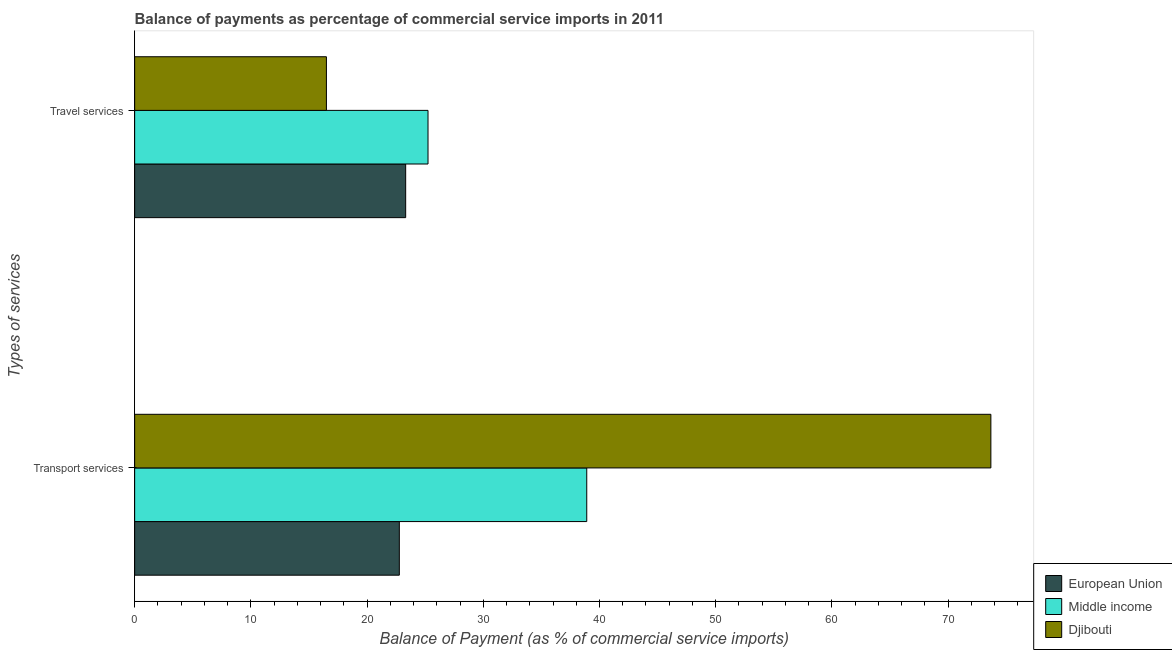
| Types of services | European Union | Middle income | Djibouti |
 | --- | --- | --- | --- |
 | Transport services | 22.8 | 38.9 | 73.7 |
 | Travel services | 23.3 | 25.2 | 16.5 |